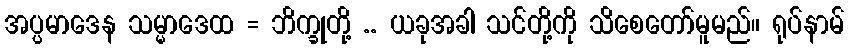
အပ္ပမာဒေန သမ္မာဒေထ = ဘိက္ခုတို့ .. ယခုအခါ သင်တို့ကို သိစေတော်မူမည်။ ရုပ်နာမ်